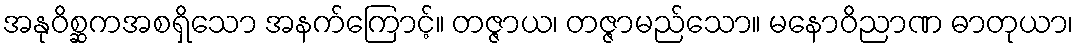
အနုဝိစ္ဆကအစရှိသော အနက်ကြောင့်။ တဇ္ဇာယ၊ တဇ္ဇာမည်သော။ မနောဝိညာဏ ဓာတုယာ၊